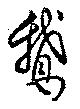
鵞